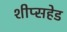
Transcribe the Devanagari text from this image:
शीप्सहेड